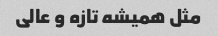
مثل همیشه تازه و عالی